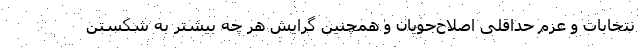
نتخابات و عزم حداقلی اصلاح‌جویان و همچنین گرایش هر چه بیشتر به شکستن